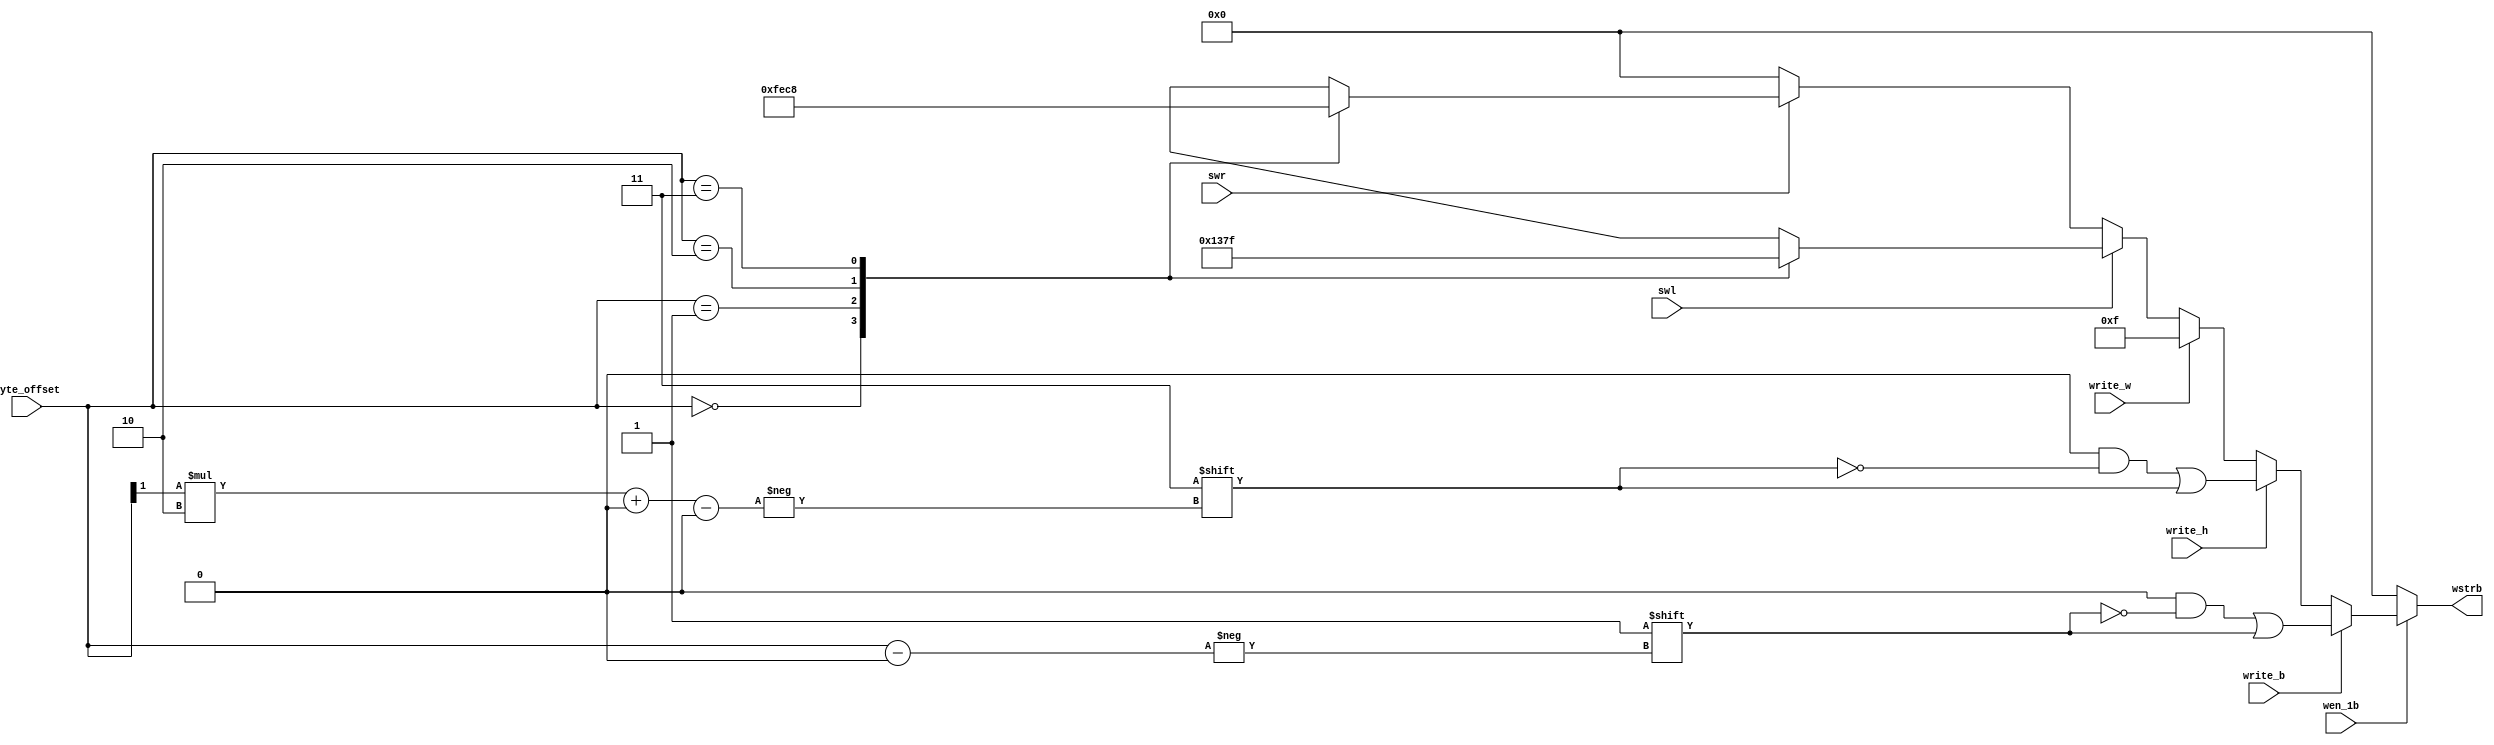
module mem_wstrb_gen(
        input [1:0] byte_offset,
        input wen_1b,
        input write_b,
        input write_h,
        input write_w,
        input swl,
        input swr,
        output reg [3:0] wstrb
    );
    wire halfword_offset = byte_offset[1];

    genvar i;
    for (i = 0; i < 4; i = i + 1) begin: l
        wire [3:0] wen = 4'b1111 >> (3 - i);
    end
    wire [3:0] swl_wen [3:0];
    for (i = 0; i < 4; i = i + 1) begin
        assign swl_wen[i] = l[i].wen;
    end

    for (i = 0; i < 4; i = i + 1) begin: r
        wire [3:0] wen = 4'b1111 << i;
    end
    wire [3:0] swr_wen [3:0];
    for (i = 0; i < 4; i = i + 1) begin
        assign swr_wen[i] = r[i].wen;
    end

    always @(*) begin
        if (wen_1b) begin
            wstrb = {4{1'b0}};
            if (write_b) begin
                wstrb[byte_offset] = 1'b1;
            end else if (write_h) begin
                wstrb[halfword_offset*2 +: 2] = 2'b11;
            end else if (write_w) begin
                wstrb = 4'b1111;
            end else if (swl) begin
                wstrb = swl_wen[byte_offset];
            end else if (swr) begin
                wstrb = swr_wen[byte_offset];
            end
        end else begin
            wstrb = {4{1'b0}};
        end
    end
endmodule